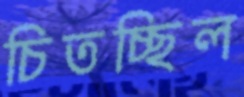
চিতচ্ছিল